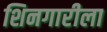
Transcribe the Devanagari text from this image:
शिनगारीला